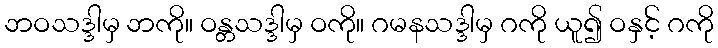
ဘဝသဒ္ဒါမှ ဘကို။ ဝန္တသဒ္ဒါမှ ဝကို။ ဂမနသဒ္ဒါမှ ဂကို ယူ၍ ဝနှင့် ဂကို